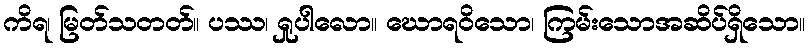
ကိရ၊ မြတ်သတတ်။ ပဿ၊ ရှုပါလော။ ဃောရဝိသော၊ ကြမ်းသောအဆိပ်ရှိသော။